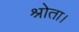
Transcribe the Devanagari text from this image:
श्रोता।